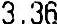
3.36